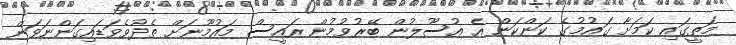
މަތީގައި ކަމަށާ ގައުމުގެ ކަންކަން އެ އުސޫލުން ބޭރުވުމުން ރައީސް މައުމޫނަށް ތެދުވެވަޑައިގަންނަވަން